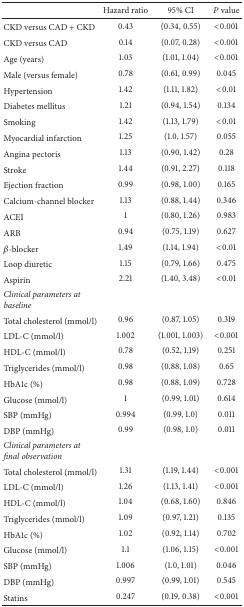
<table><thead><tr><td><b> </b></td><td><b>Hazard ratio</b></td><td><b>95% CI</b></td><td><b><i>P</i> value</b></td></tr></thead><tbody><tr><td>CKD versus CAD + CKD</td><td>0.43</td><td>(0.34, 0.55)</td><td>&lt;0.001</td></tr><tr><td>CKD versus CAD </td><td>0.14</td><td>(0.07, 0.28)</td><td>&lt;0.001</td></tr><tr><td>Age (years)</td><td>1.03</td><td>(1.01, 1.04)</td><td>&lt;0.001</td></tr><tr><td>Male (versus female)</td><td>0.78</td><td>(0.61, 0.99)</td><td>0.045</td></tr><tr><td>Hypertension</td><td>1.42</td><td>(1.11, 1.82)</td><td>&lt;0.01</td></tr><tr><td>Diabetes mellitus</td><td>1.21</td><td>(0.94, 1.54)</td><td>0.134</td></tr><tr><td>Smoking</td><td>1.42</td><td>(1.13, 1.79)</td><td>&lt;0.01</td></tr><tr><td>Myocardial infarction</td><td>1.25</td><td>(1.0, 1.57)</td><td>0.055</td></tr><tr><td>Angina pectoris</td><td>1.13</td><td>(0.90, 1.42)</td><td>0.28</td></tr><tr><td>Stroke</td><td>1.44</td><td>(0.91, 2.27)</td><td>0.118</td></tr><tr><td>Ejection fraction</td><td>0.99</td><td>(0.98, 1.00)</td><td>0.165</td></tr><tr><td>Calcium-channel blocker</td><td>1.13</td><td>(0.88, 1.44)</td><td>0.346</td></tr><tr><td>ACEI</td><td>1</td><td>(0.80, 1.26)</td><td>0.983</td></tr><tr><td>ARB</td><td>0.94</td><td>(0.75, 1.19)</td><td>0.627</td></tr><tr><td><i>β</i>-blocker</td><td>1.49</td><td>(1.14, 1.94)</td><td>&lt;0.01</td></tr><tr><td>Loop diuretic</td><td>1.15</td><td>(0.79, 1.66)</td><td>0.475</td></tr><tr><td>Aspirin</td><td>2.21</td><td>(1.40, 3.48)</td><td>&lt;0.01</td></tr><tr><td><i>Clinical parameters at baseline</i></td><td> </td><td> </td><td> </td></tr><tr><td>Total cholesterol (mmol/l)</td><td>0.96</td><td>(0.87, 1.05)</td><td>0.319</td></tr><tr><td>LDL-C (mmol/l)</td><td>1.002</td><td>(1.001, 1.003)</td><td>&lt;0.001</td></tr><tr><td>HDL-C (mmol/l)</td><td>0.78</td><td>(0.52, 1.19)</td><td>0.251</td></tr><tr><td>Triglycerides (mmol/l)</td><td>0.98</td><td>(0.88, 1.08)</td><td>0.65</td></tr><tr><td>HbA1c (%)</td><td>0.98</td><td>(0.88, 1.09)</td><td>0.728</td></tr><tr><td>Glucose (mmol/l)</td><td>1</td><td>(0.99, 1.01)</td><td>0.614</td></tr><tr><td>SBP (mmHg)</td><td>0.994</td><td>(0.99, 1.0)</td><td>0.011</td></tr><tr><td>DBP (mmHg) </td><td>0.99</td><td>(0.98, 1.0)</td><td>0.011</td></tr><tr><td><i>Clinical parameters at final observation</i></td><td> </td><td> </td><td> </td></tr><tr><td>Total cholesterol (mmol/l)</td><td>1.31</td><td>(1.19, 1.44)</td><td>&lt;0.001</td></tr><tr><td>LDL-C (mmol/l)</td><td>1.26</td><td>(1.13, 1.41)</td><td>&lt;0.001</td></tr><tr><td>HDL-C (mmol/l)</td><td>1.04</td><td>(0.68, 1.60)</td><td>0.846</td></tr><tr><td>Triglycerides (mmol/l)</td><td>1.09</td><td>(0.97, 1.21)</td><td>0.135</td></tr><tr><td>HbA1c (%)</td><td>1.02</td><td>(0.92, 1.14)</td><td>0.702</td></tr><tr><td>Glucose (mmol/l)</td><td>1.1</td><td>(1.06, 1.15)</td><td>&lt;0.001</td></tr><tr><td>SBP (mmHg)</td><td>1.006</td><td>(1.0, 1.01)</td><td>0.046</td></tr><tr><td>DBP (mmHg)</td><td>0.997</td><td>(0.99, 1.01)</td><td>0.545</td></tr><tr><td>Statins </td><td>0.247</td><td>(0.19, 0.38)</td><td>&lt;0.001</td></tr></tbody></table>